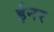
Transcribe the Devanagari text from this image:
ईनर